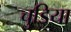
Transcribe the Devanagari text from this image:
चुडिया